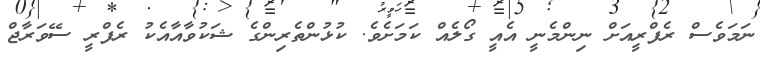
ނަމަވެސް ރެފްރީއަށް ނިންމެނީ އެއީ ގޯލެއް ކަމަށެވެ. ކުޅުންތެރިންގެ ޝަކުވާއާއެކު ރެފްރީ ސޭވަރާޖް